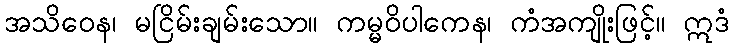
အသိဝေန၊ မငြိမ်းချမ်းသော။ ကမ္မဝိပါကေန၊ ကံအကျိုးဖြင့်။ ဣဒံ